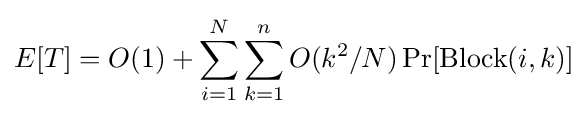
E[T]=O(1)+\sum _{i=1}^{N}\sum _{k=1}^{n}O(k^{2}/N)\operatorname {Pr} [\operatorname {Block} (i,k)]